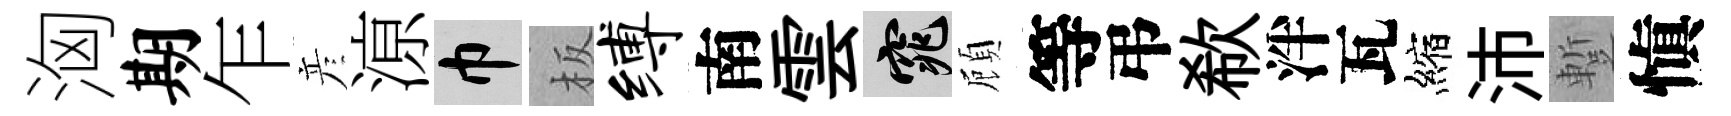
洶期乍彦鿌巾板缚南雲窕頋等弔欷泮瓦縮沛蹔愼